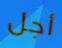
أجل